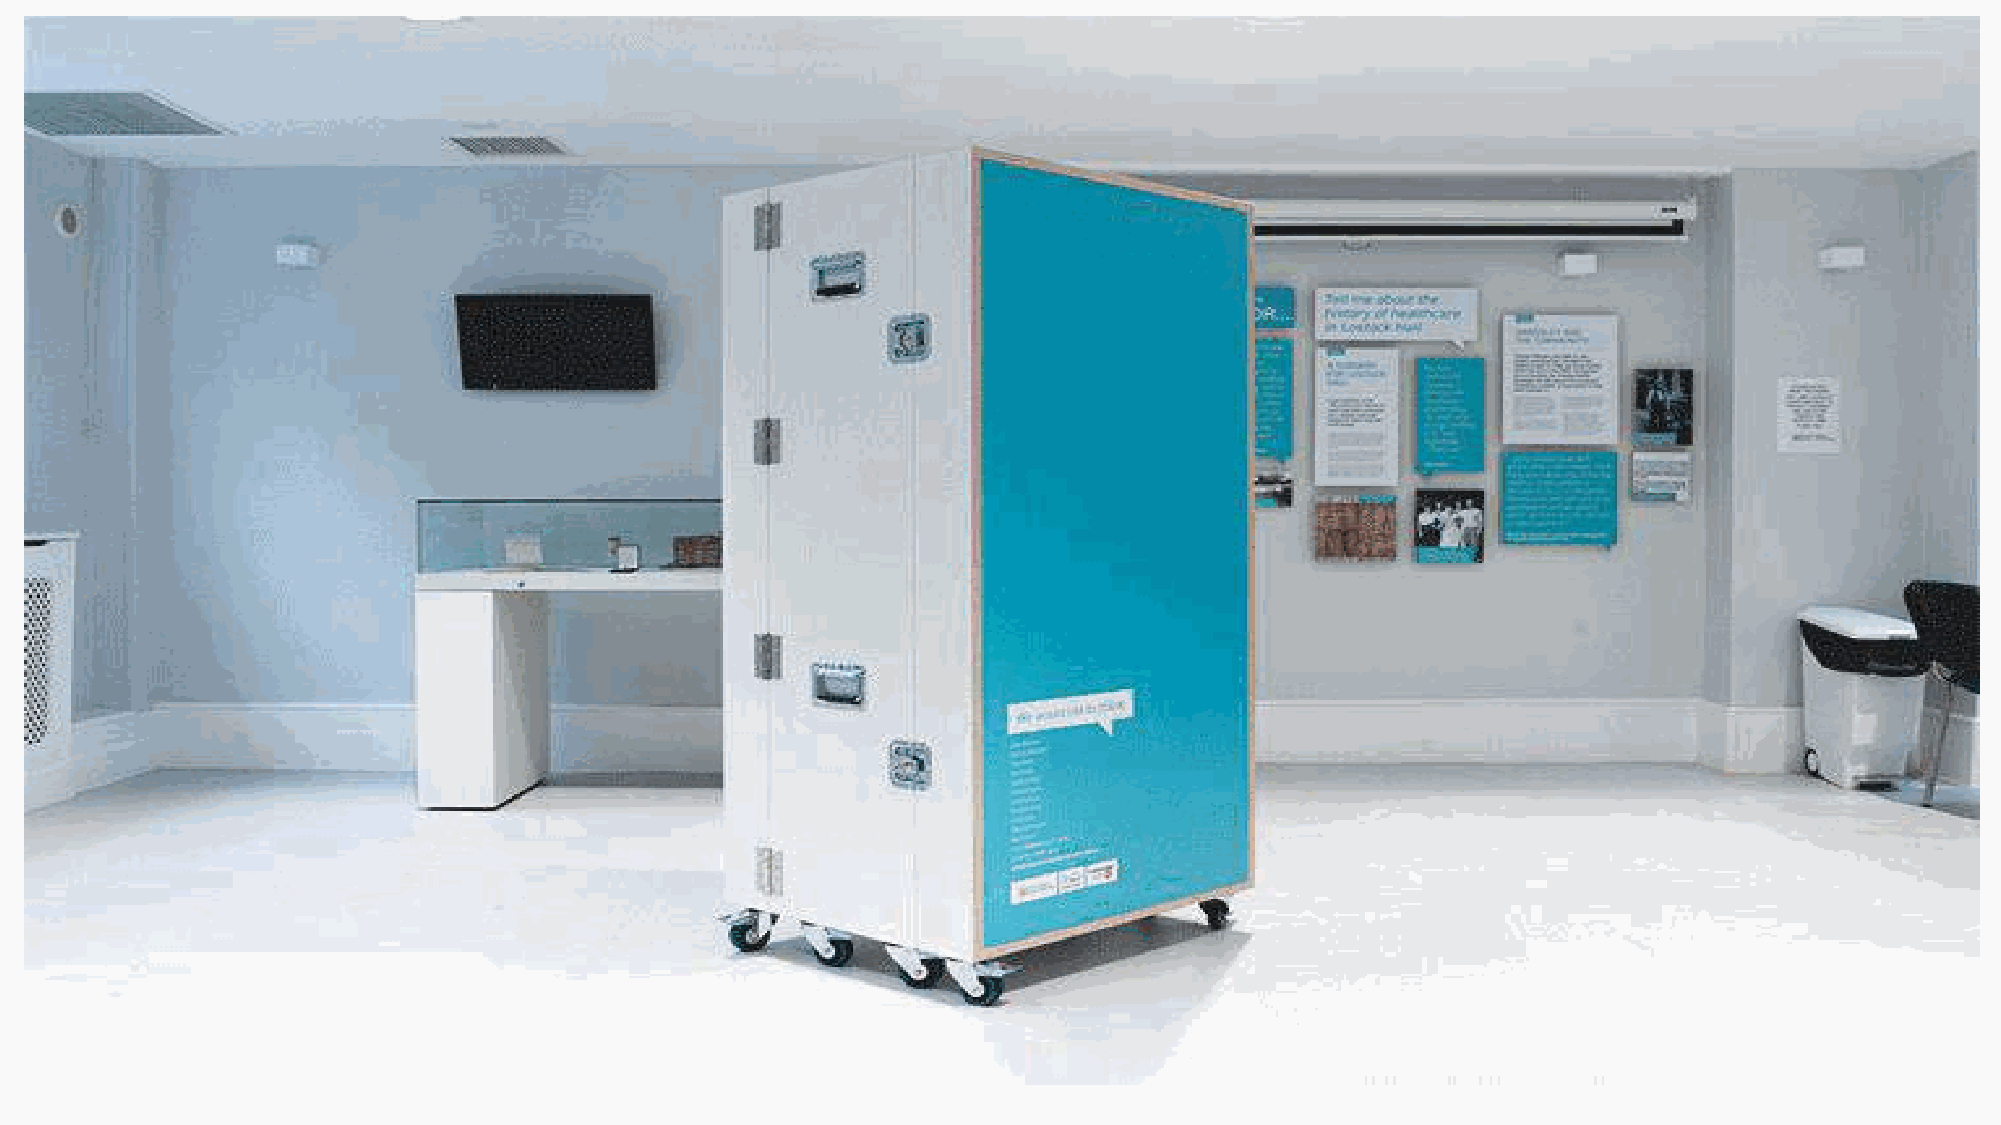
Designing                &     Building             Exhibitions